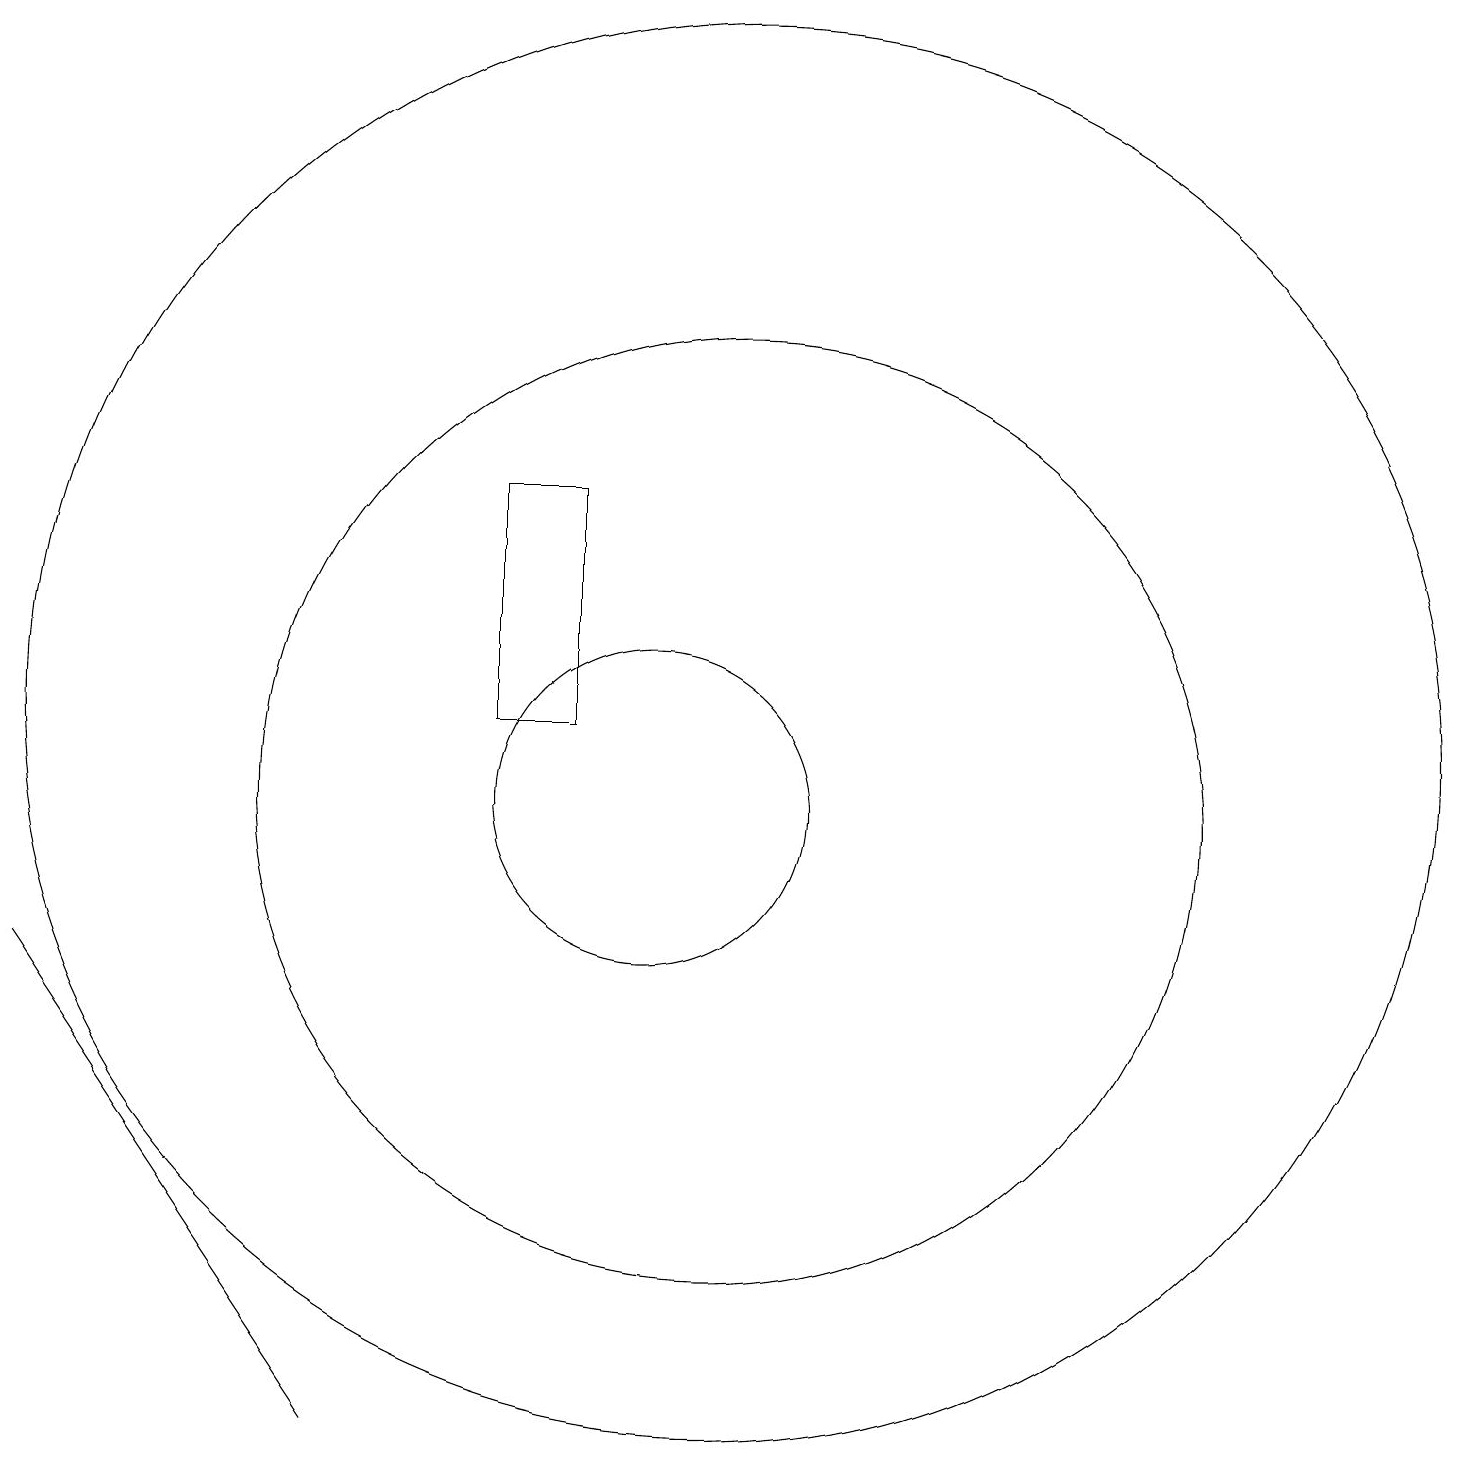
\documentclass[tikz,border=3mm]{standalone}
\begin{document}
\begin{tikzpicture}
\draw (11,10) circle (6);
\draw (11,11) circle (9);
\draw (2,8) -- (6,2) -- (6,2) -- cycle;
\draw (10,10) circle (2);
\draw (9,14) rectangle (8,11);
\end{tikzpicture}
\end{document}